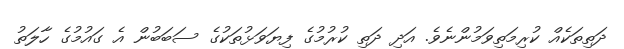
ދަތިތަކެއް ކުރިމަތިވަމުންނެވެ. އަދި ދަތި ކުރުމުގެ ފިޔަވަޅުތަކުގެ ސަބަބުން އެ ގައުމުގެ ހާލަތު